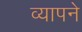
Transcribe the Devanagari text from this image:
व्यापने